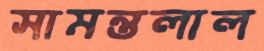
সামন্তলাল